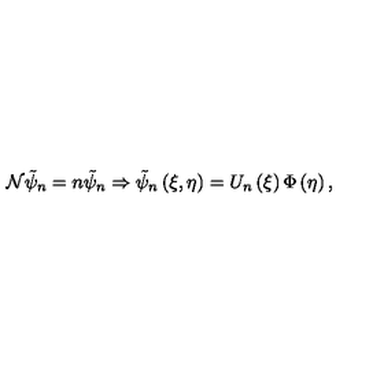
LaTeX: { \cal N } \tilde { \psi } _ { n } = n \tilde { \psi } _ { n } \Rightarrow \tilde { \psi } _ { n } \left( \xi , \eta \right) = U _ { n } \left( \xi \right) \Phi \left( \eta \right) ,